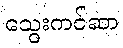
သွေးကင်ဆာ